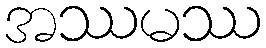
အဿမဿ